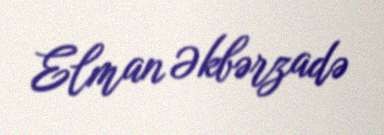
Elman Əkbərzadə